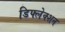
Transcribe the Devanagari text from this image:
डिफ्लेक्शन